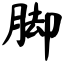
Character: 脚